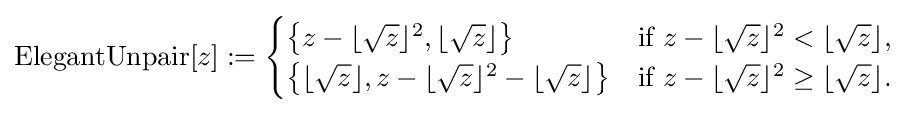
\operatorname {ElegantUnpair} [z]:={\begin{cases}\left\{z-\lfloor {\sqrt {z}}\rfloor ^{2},\lfloor {\sqrt {z}}\rfloor \right\}&{\text{if }}z-\lfloor {\sqrt {z}}\rfloor ^{2}<\lfloor {\sqrt {z}}\rfloor ,\\\left\{\lfloor {\sqrt {z}}\rfloor ,z-\lfloor {\sqrt {z}}\rfloor ^{2}-\lfloor {\sqrt {z}}\rfloor \right\}&{\text{if }}z-\lfloor {\sqrt {z}}\rfloor ^{2}\geq \lfloor {\sqrt {z}}\rfloor .\end{cases}}